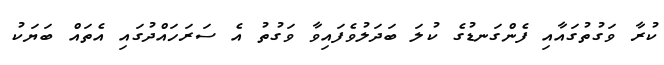
ކުރާ ވަގުތުގައާއި ފެންގަނޑުގެ ކުލަ ބަދަލުވެފައިވާ ވަގުތު އެ ސަރަހައްދުގައި އެތައް ބަޔަކު